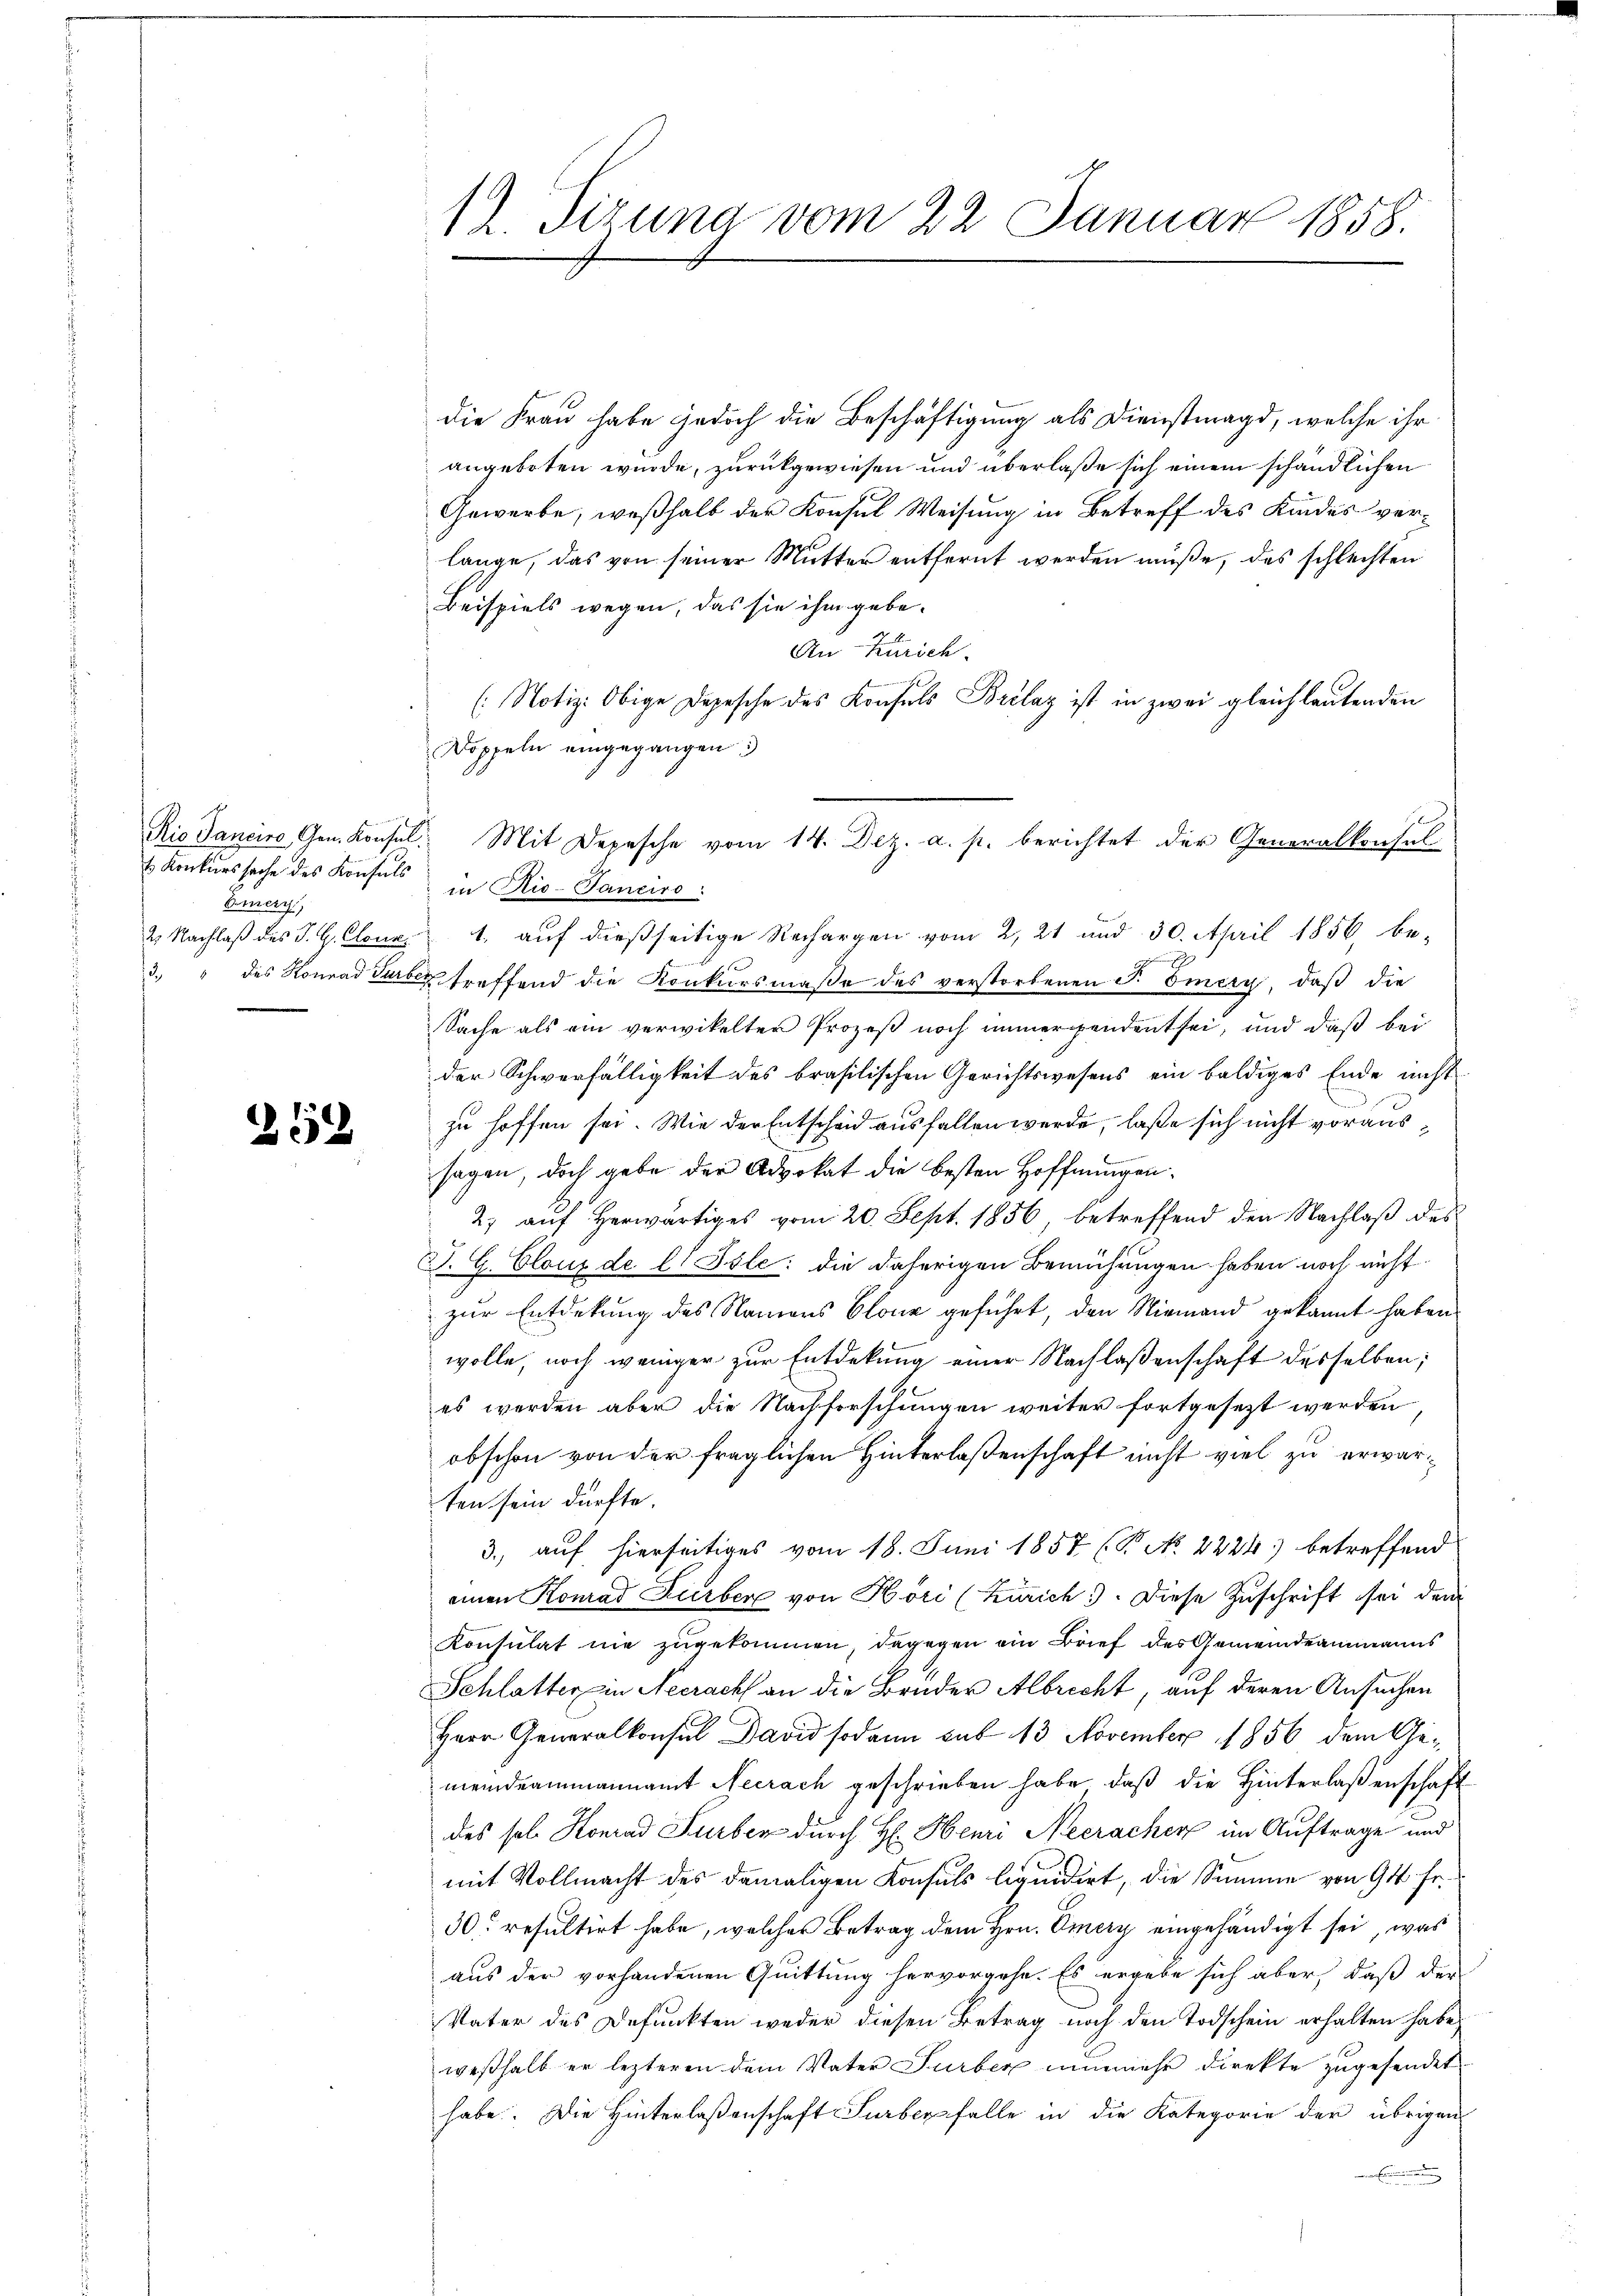
E Konkurssache des Konsuls
Einerz,
m

212

12. Sizung vom 22. Januar 1858.

die Frau habe jedoch die Beschäftigung als Dienstmagd, welche ihr
angeboten wurde, zurückgewiesen und überlaße sich einem schändlichen
Gewerbe, weßhalb der Konsul Weisung in Betreff des Kindes verlange, das von seiner Mutter entfernt werden müße, des schlechten
Beispiels wegen, das sie ihm gebe¬
An Kürsch
(Notiz: Obige Depesche des Konsuls Brilaz ist in zwei gleichlautenden
Doppeln eingegangen 3
in Rio-Tanciro:
2 Nachlaß des J. G. Conr. 1, auf dießseitige Rechargen vom 2. 21 und 30. April 1856 be-
3. " des Konrad Jura treffend die Konkursmaße des verstorbenen J. Emery, daß die
Sache als ein verwikelten Prozeß noch immergendent sei, und daß bei
der Schwerfälligkeit des brasilischen Gerichtswesens ein baldiges Ende nicht
zu hoffen sei. Wie der Entscheid ausfallen werde, laße sich nicht voraussagen, doch gebe der Advokat die besten Hoffnungen¬
2) auf Herwärtiges vom 20. Sept. 1856, betreffend den Nachlaß des
Z. G. Cloux de l. Jsle: die daherigen Bemühungen haben noch nicht.
zur Entdekung des Namens blone geführt, den Niemand gekannt haben.
wolle, noch weniger zur Entdekung einer Nachlassenschaft desselben;
es werden aber die Nachforschungen weiter fortgesezt werden
obschon von der fraglichen Hinterlaßenschaft nicht viel zu erwarten sein dürfte.
3., auf hierseitiges vom 18. Juni 1857 (B No. 2224) betreffend
einen Konrad Surber von Höri (Zürich). Diese Zuschrift sei dem
Konsulat nie zugekommen, dagegen ein Brief des Gemeindeammanns
Schlatter in Neeracht an die Bruder Albrecht, auf deren Ansuchen
Herr Generalkonsul David sodann auf 13 November 1856 dem Gemeindeammannamt Neerach geschrieben habe, daß die Hinterlaßenschaft
des sol. Konrad Surben durch H. Henri Neeracher im Auftrage und
mit Vollmacht des damaligen Konsuls liquidirt, die Summe von 94 fr.
30. resultirt habe, welches Betrag dem Hrn. Omery eingehändigt sei, was
aus der vorhandenen Quittung hervorgehe. Es ergebe sich aber, daß der
Vater des Defunkten weder diesen Betrag noch den Todschein erhalten habe,
weßhalb er lezteren dem Vater Surber nunmehr direkte zugesendet
habe. Die Hinterlaßenschaft Surbenfalle in die Kategorie der übrigen
i

Rio Janeiro Gen. Konsul Mit Depesche vom 14. Dez. a. p. berichtet der Generalkonsul-